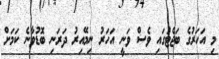
މި އަހަރުގެ ބަޖެޓުގައި ވެސް ވަނީ އަހަރު ނިމޭއިރު ދަރަނި ބޮޑުވާނެ ކަމަށް